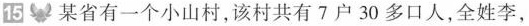
15某省有一个小山村，该村共有7户30多口人，全姓李，